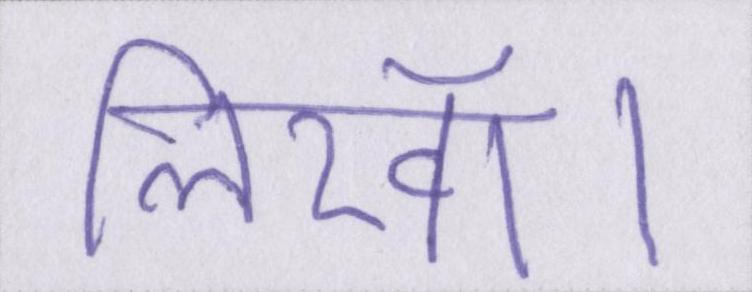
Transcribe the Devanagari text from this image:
लिखॉ।